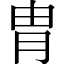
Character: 胄